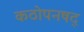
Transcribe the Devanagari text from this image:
कठोपनषद्